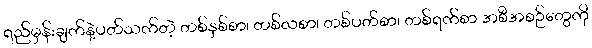
ရည်မှန်းချက်နဲ့ပတ်သက်တဲ့ တစ်နှစ်စာ၊ တစ်လစာ၊ တစ်ပတ်စာ၊ တစ်ရက်စာ အစီအစဉ်တွေကို